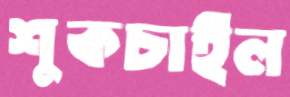
শুকচাইল